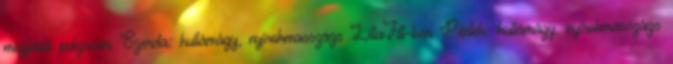
megfelelő pulzuson, Szerda: hullámágy, nyirokmasszázs LillaFitt-ben Péntek: hullámágy, nyirokmasszázs